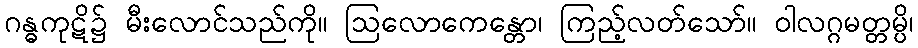
ဂန္ဓကုဋိ၌ မီးလောင်သည်ကို။ ဩလောကေန္တော၊ ကြည့်လတ်သော်။ ဝါလဂ္ဂမတ္တမ္ပိ၊